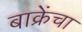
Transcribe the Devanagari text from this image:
बाक्रेंचा